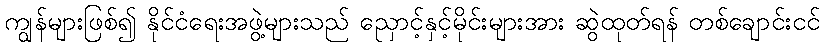
ကျွန်များဖြစ်၍ နိုင်ငံရေးအဖွဲ့များသည် ညှောင့်နှင့်မိုင်းများအား ဆွဲထုတ်ရန် တစ်ချောင်းငင်